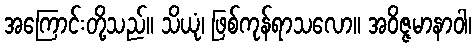
အကြောင်းတို့သည်။ သိယုံ၊ ဖြစ်ကုန်ရာသလော။ အဝိဇ္ဇမာနာဝါ၊